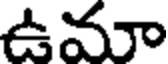
ఉమా